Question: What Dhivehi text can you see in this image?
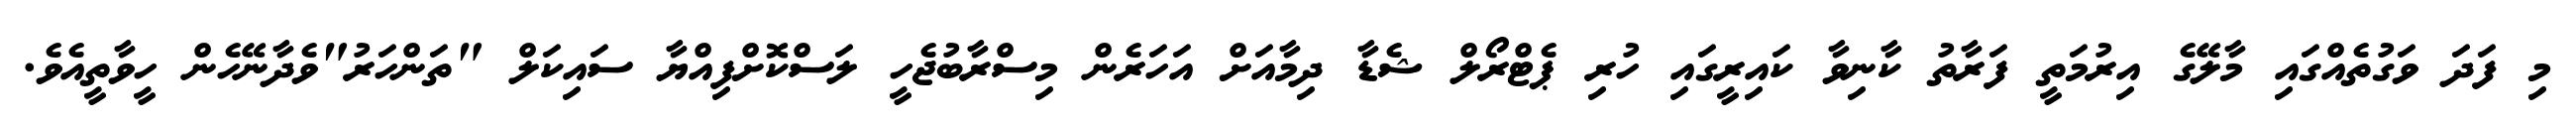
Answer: މި ފަދަ ވަގުތެއްގައި މާލޭގެ އިރުމަތީ ފަރާތު ކާނިވާ ކައިރީގައި ހުރި ޕެޓްރޯލް ޝެޑާ ދިމާއަށް އަހަރެން މިސްރާބުޖެހީ ލަސްކޮށްފިއްޔާ ސައިކަލް "ތަންހަރު"ވެދާނޭހެން ހީވާތީއެވެ.